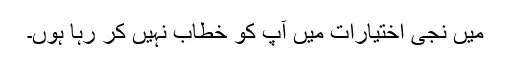
میں نجی اختیارات میں آپ کو خطاب نہیں کر رہا ہوں۔